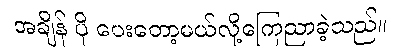
အချိန် ပို ပေးတော့မယ်လို့ကြေညာခဲ့သည်။